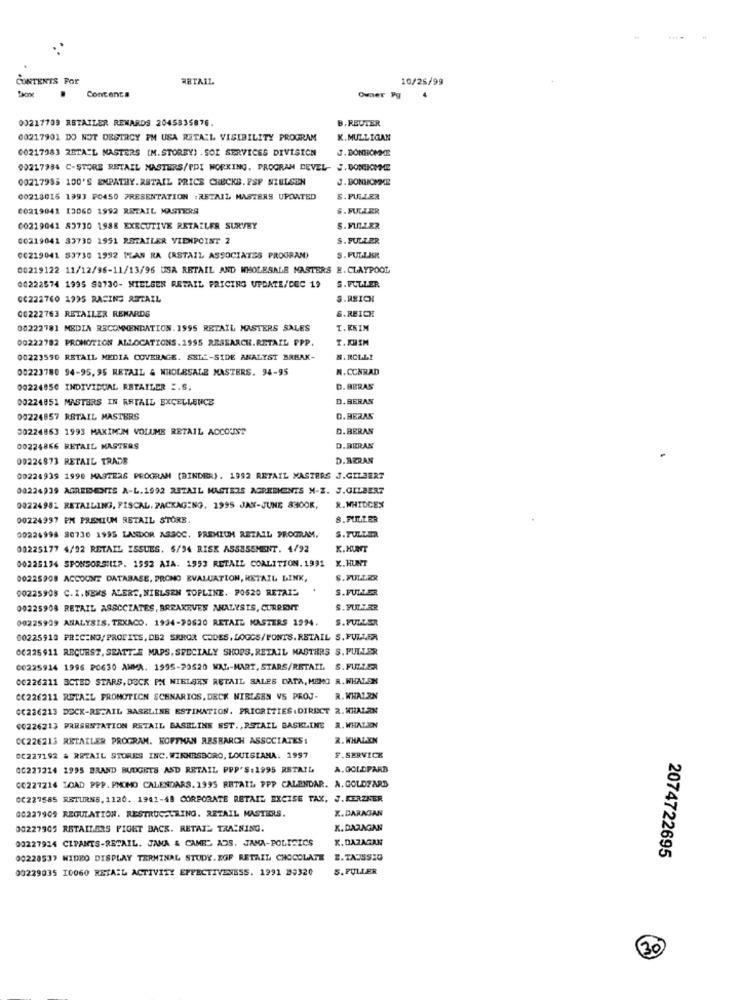
CONTENTS For
RETAIL
10/25/99
Contents
Owner Pg
00217709 RETAILER REWARDS 2045835876.
B. REUTER
00217901 DO NOT DESTROY PM USA RETAIL VISIBILITY PROGRAM
K.MULLIGAN
00217983 2BTA"L MASTERS (M.STOREY) . SOI SERVICES DIVISION
J. BONHOMME
00217984 C-STORE RETAIL MASTERS/PPI WORKING. PROGRAM DEVEL- J.DONICMME
00217985 100'S EMPATHY.RETAIL PRICE CHECKB. FSP NIELSEN
J. BONHOMME
00218015 1993 PO450 PRESENTATION :RETAIL MASTERS UPDATED
S.PULLER
60219041 13060 1992 RETAIL MASTERS
S. FULLER
00219041 83730 1988 EXECUTIVE RETAILER SURVEY
S.MULLER
00219041 33730 1991 RETAILER VIENPOINT 2
S. FULLER
00219041 53730 1992 PLAN RA (RSTAIL ASSOCIATES PROGRAM)
S.FULLISR
00219122 11/12/96-11/13/96 USA RETAIL AND WHOLESALE NASTERS E.CLAYPOOL
00222574 1995 88730- NIELSEN RETAIL PRICING UPDATE/CEC 19
S.PULLER
00222760 1995 RACING RETAIL
S.RSICH
00222763 RETAILER RENARDS
S.REICH
00222781 MEDIA RECOMMENDATION.1995 RETAIL MASTERS SALES
T.KEIN
00222782 PROMOTION ALLOCATIONS.1995 RESEARCH.RETAIL PPP.
T.KIM
00223590 RETAIL MEDIA COVERAGE. SBLE-SIDE ANALYST BREAK-
S.RCLLI
00223780 94-95, 95 RETAIL & WHOLESALE MASTERS. 94-95
N.CONRAD
00224850 INDIVIDUAL RETAILER :. S.
D. BERAS
00224851 MASTERS IN RETAIL EXCELLENCE
D.BERAN
00224857 RETAIL MASTERS
D.BERAS
00224863 1993 MAXIM'M VOLUME RETAIL ACCOUNT
D.BERAN
00224866 RETAIL MASTERS
D.BERAN
00224873 RETAIL TRADE
D.RZRAN
00224939 1990 MASTERS PROGRAM (BINDER). 1992 RETAIL MASTERS J.GILBERT
08224)39 AGREEMENTS A-L.1992 RETAIL MASTERS AGREEMENTS M-Z. J.GILBERT
00224981 RETAILING, FISCAL. PACKAGING. 1995 JAN-JUNE 8300K,
R.WHIDCES
00224997 PM PREMIUM RETAIL STORE.
8.FULLER
00224998 80730 1995 LANDOR ASSOC. FREMICH RETAIL PROGRAM,
S.TULLER
09225177 4/92 RETAIL ISSUES. 6/94 RISK ASSESSMENT. 4/92
K.HUNT
00225134 SPONSORSHIP. 1992 AIA. 1993 RETAIL COALITION. 1991 X. HUNT
00225908 ACCOUNT DATABASE, PRONO EVALUATION, RETAIL LINK,
S. FULLER
00225908 C. I.NEWS ALERT. NIELSEN TOPLINE. PO520 RETAL
S.FULLER
00225908 RETAIL ASSOCIATES, BREAKEVEN ANALYSIS, CURRENT
S.FULLER
00225909 ANALYSIS. TEXACO. 1934-20620 RETAIL MASTERS 1994.
S.FULLER
00225918 PRICING/PROFITS, DE2 SRHOR CODES, LOGCS/FONTS. RETAIL S. FULLER
66225911 RECURS ?, SEATT2E MAPS. SPECIALY SHOPS, RETAIL MASTERS S. FULLER
00225914 1996 PO630 ANMA. 1995-20520 WAL-MART, STARS/RETAIL S.FULLER
00226211 BCTED STARS, DOCK PM NIELSES RETAIL SALES DATA, MEMO R.WHALEN
CC226211 RETAEL PROMOTION SCENARIOS, DECK NIELSEN VS PROJ-
R. WHALEN
CC226213 DECK-RETAIL BASELINE ESTIMATION. PRIORITIES .DIRECT 2.WHALEN
00226213 PRESENTATION RETAIL BASBLINS SST ., RSTAIL BASELINE R. WHALEN
CC226213 RETAILER PROGRAM. HOFFMAN RESEARCH ASSOCIATES:
R. WHATAON
0C227192 & RETAIL STORES INC. WIRNRSBORO, LOUISIANA. 1997
F.SERVICE
00227214 1995 BRAND BUDGETS ASD RETAIL PPP'S:1995 RETAIL
A. GOLDPARD
GE227214 LOAD PPP. PMOMO CALENDARS.1995 RETAIL PPP CALENDAR. A.GOLDFARB
0C227585 RETURNS, 1120. 1941-48 CORPORATE RETAIL EXCISE TAX, J.KERZNER
K.DARAGAN
00227909 REGULATION. RESTRUCALRING. RETAIL MASTERS.
00227905 RETAILERS FIGHT BACK. RETAIL TRAINING.
K. DARAGNN
X.DAZAGAN
00227914 CLPANTS-RETAIL. JANA & CAME" A95. JAMA-POLITICS
2074722695
90220537 WIDEO DISPLAY TERMINAL STUDY.EGF RETAIL CHOCOLATE
B.TAUSSI0
00229035 10060 RETAIL ACTIVITY EFFECTIVENESS. 1991 35320
S.FULLER
30